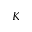
K